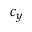
c _ { y }